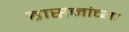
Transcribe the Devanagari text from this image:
हासनांच्या